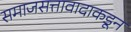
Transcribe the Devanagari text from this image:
समाजसत्तावादाकडून